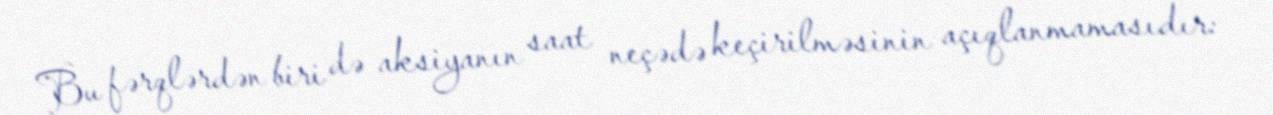
Bu fərqlərdən biri də aksiyanın saat neçədə keçirilməsinin açıqlanmamasıdır: